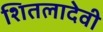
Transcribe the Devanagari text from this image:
शितलादेवी